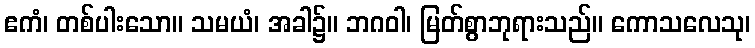
ဧကံ၊ တစ်ပါးသော။ သမယံ၊ အခါ၌။ ဘဂဝါ၊ မြတ်စွာဘုရားသည်။ ကောသလေသု၊